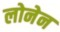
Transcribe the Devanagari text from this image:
लोनेन